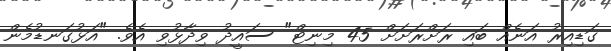
ގަޑިއިރު އަނެއް ބައި ރަށްރަށަށް 45 މިނިޓް" ސައީދު ވިދާޅުވި އެވެ. "އަޅުގަނޑުމެން